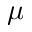
\mu